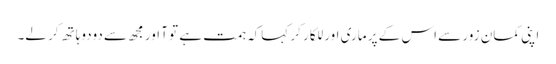
اپنی کمان زور سے اس کے پر ماری اور للکار کر کہاکہ ہمت ہے تو آ اور مجھ سے دودوہاتھ کر لے۔